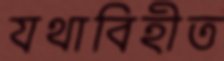
যথাবিহীত